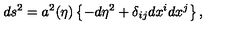
d s ^ { 2 } = a ^ { 2 } ( \eta ) \left\{ - d \eta ^ { 2 } + \delta _ { i j } d x ^ { i } d x ^ { j } \right\} ,